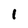
Character: 1